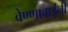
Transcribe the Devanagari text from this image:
वेण्णाबाईंनी